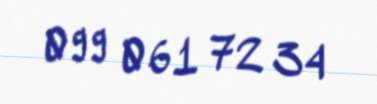
099 061 72 34